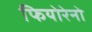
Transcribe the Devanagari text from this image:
फियोरेनो